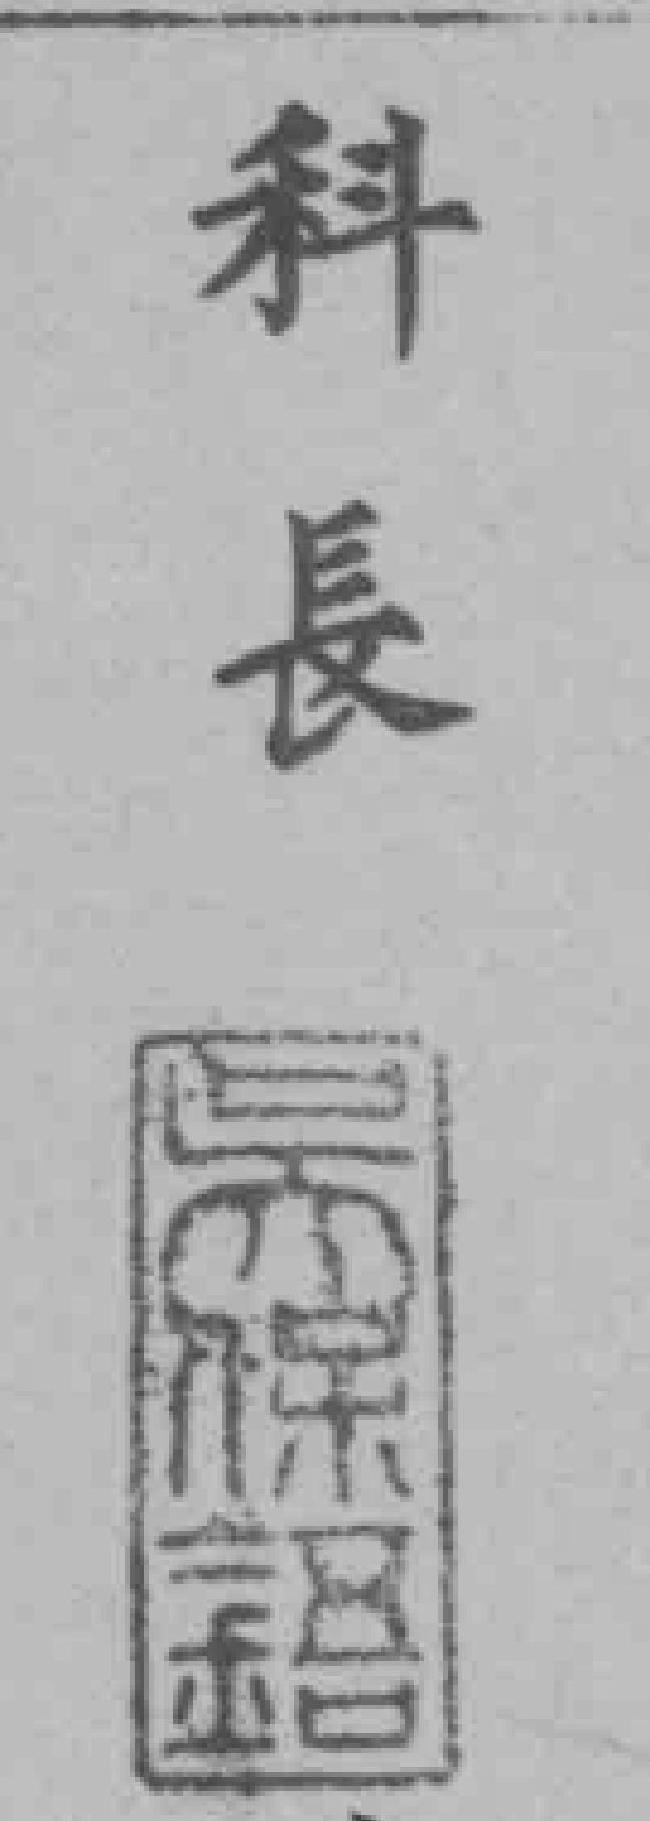
科長吳*